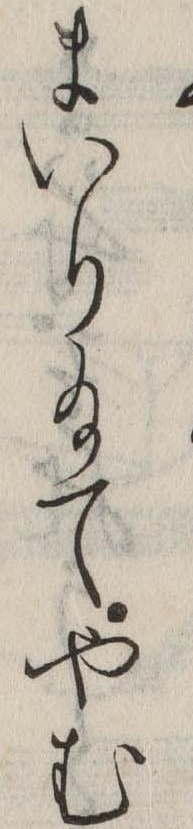
まいり給てやむ